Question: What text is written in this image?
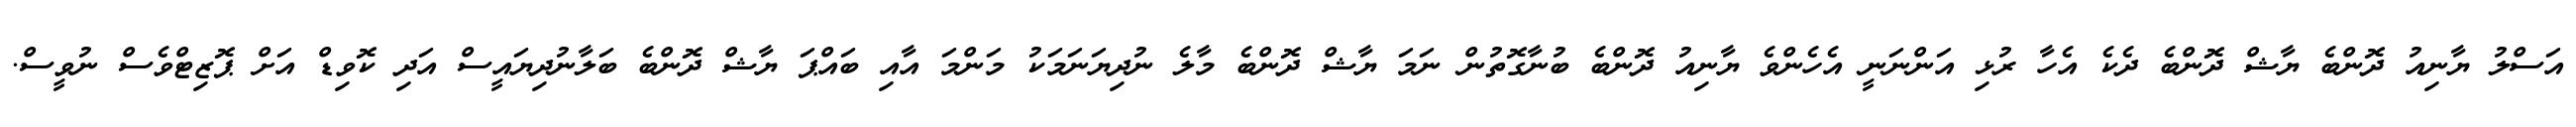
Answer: އަސްލު ޔާނިއު ދޮންބެ ޔާޝް ދޮންބެ ދެކެ އެހާ ރުޅި އަންނަނީ އެހެންވެ ޔާނިއު ދޮންބެ ބުނާގޮތުން ނަމަ ޔާޝް ދޮންބެ މާލެ ނުދިޔަނަމަކު މަންމަ އާއި ބައްޕަ ޔާޝް ދޮންބެ ބަލާނުދިޔައީސް އަދި ކޮވިޑް އަށް ޕޮޒިޓްވެސް ނުވީސް.